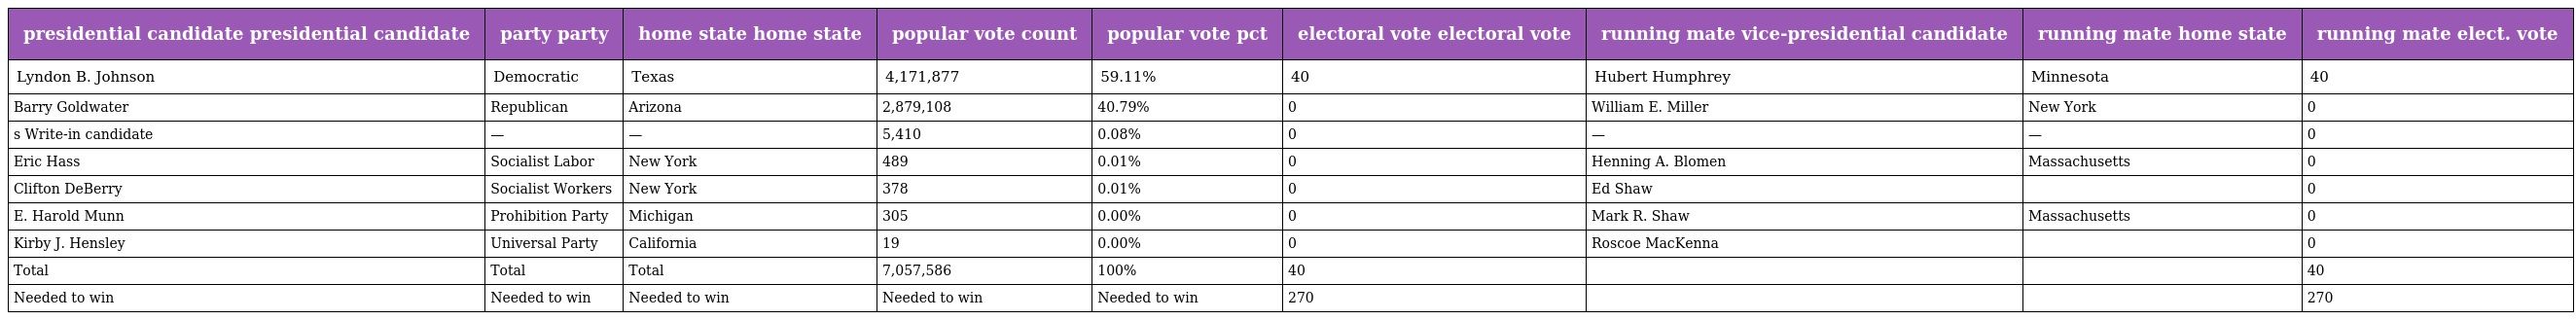
| presidential candidate presidential candidate | party party | home state home state | popular vote count | popular vote pct | electoral vote electoral vote | running mate vice-presidential candidate | running mate home state | running mate elect. vote |
 | --- | --- | --- | --- | --- | --- | --- | --- | --- |
 | Lyndon B. Johnson | Democratic | Texas | 4,171,877 | 59.11% | 40 | Hubert Humphrey | Minnesota | 40 |
 | Barry Goldwater | Republican | Arizona | 2,879,108 | 40.79% | 0 | William E. Miller | New York | 0 |
 | s Write-in candidate | — | — | 5,410 | 0.08% | 0 | — | — | 0 |
 | Eric Hass | Socialist Labor | New York | 489 | 0.01% | 0 | Henning A. Blomen | Massachusetts | 0 |
 | Clifton DeBerry | Socialist Workers | New York | 378 | 0.01% | 0 | Ed Shaw |  | 0 |
 | E. Harold Munn | Prohibition Party | Michigan | 305 | 0.00% | 0 | Mark R. Shaw | Massachusetts | 0 |
 | Kirby J. Hensley | Universal Party | California | 19 | 0.00% | 0 | Roscoe MacKenna |  | 0 |
 | Total | Total | Total | 7,057,586 | 100% | 40 |  |  | 40 |
 | Needed to win | Needed to win | Needed to win | Needed to win | Needed to win | 270 |  |  | 270 |